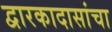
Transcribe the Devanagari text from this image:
द्वारकादासांचा